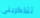
تتذكريني